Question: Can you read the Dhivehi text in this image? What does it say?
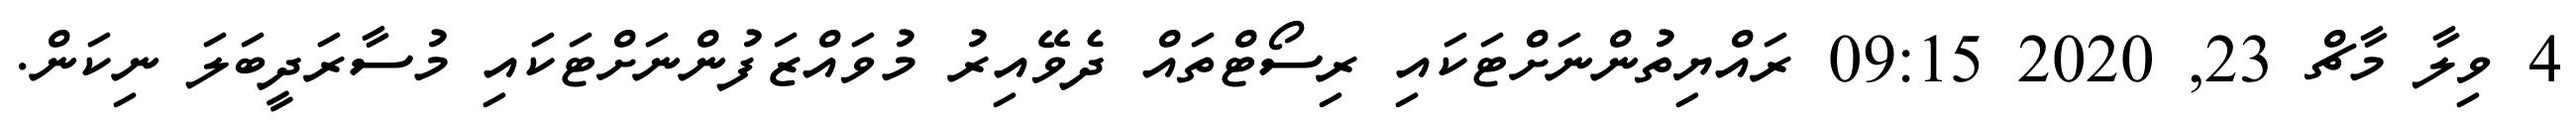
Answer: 4 ވިލާ މާޗް 23, 2020 09:15 ރައްޔިތުންނަށްޓަކައި ރިސޯޓްތައް ދެވޭއިރު މުވައްޒަފުންނަށްޓަކައި މުސާރަދީބަލަ ނިކަން.